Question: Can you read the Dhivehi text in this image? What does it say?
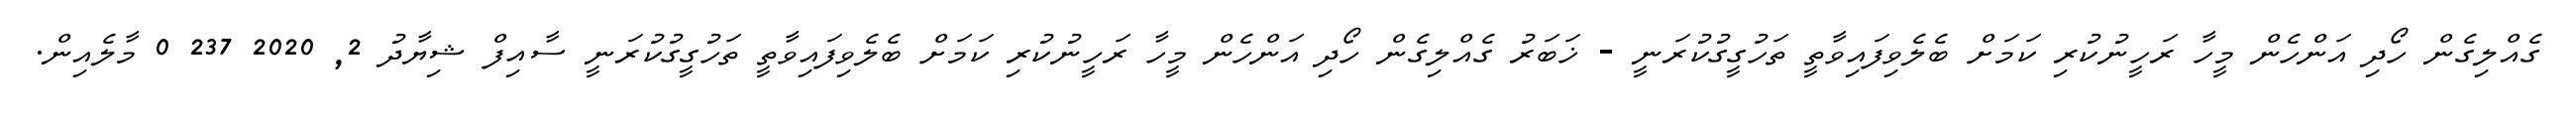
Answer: ގެއްލިގެން ހޯދި އަންހެން މީހާ ރަހީނުކުރި ކަމަށް ބެލެވިފައިވާތީ ތަހުގީގުކުރަނީ - ޚަބަރު ގެއްލިގެން ހޯދި އަންހެން މީހާ ރަހީނުކުރި ކަމަށް ބެލެވިފައިވާތީ ތަހުގީގުކުރަނީ ސާއިފް ޝިޔާދު 2, 2020 237 0 މާލެއިން.